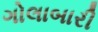
ગોલાબારી